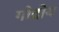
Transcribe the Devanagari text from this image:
गोदोय